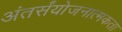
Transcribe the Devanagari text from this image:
अंतर्संयोजनात्मकता